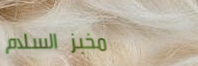
مخبز السلام